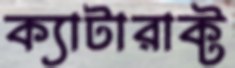
ক্যাটারাক্ট